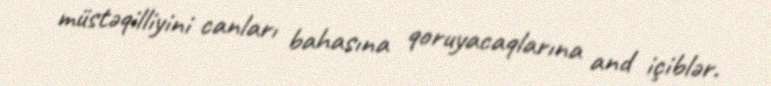
müstəqilliyini canları bahasına qoruyacaqlarına and içiblər.